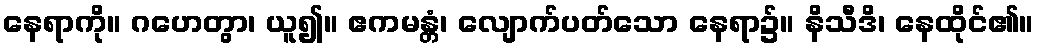
နေရာကို။ ဂဟေတွာ၊ ယူ၍။ ဧကမန္တံ၊ လျောက်ပတ်သော နေရာ၌။ နိသီဒိ၊ နေထိုင်၏။